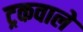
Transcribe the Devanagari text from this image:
ट्रकवाले